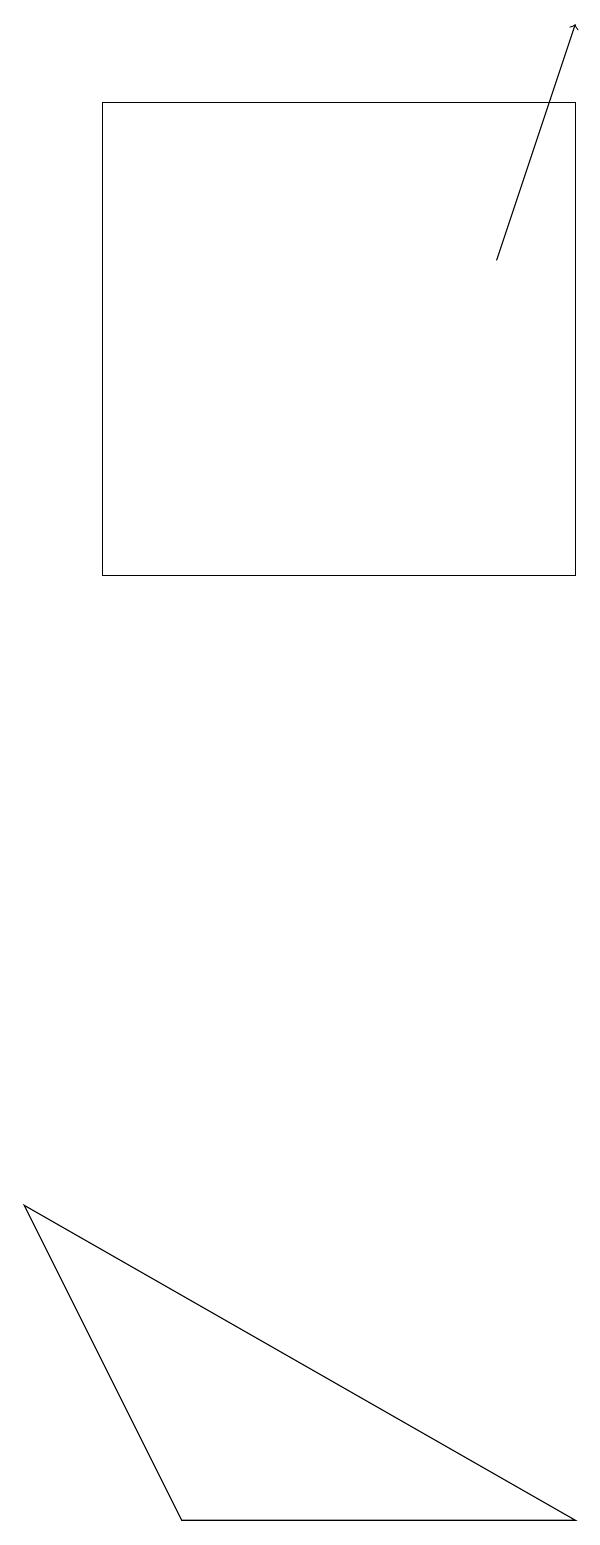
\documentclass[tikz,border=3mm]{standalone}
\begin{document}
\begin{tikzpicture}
\draw (2,0) -- (7,0) -- (0,4) -- cycle;
\draw[->] (6,16) -- (7,19);
\draw (1,18) rectangle (7,12);
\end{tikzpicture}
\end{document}